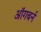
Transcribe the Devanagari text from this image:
ऑगबर्न